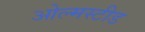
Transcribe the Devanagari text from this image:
ओल्मस्टीड